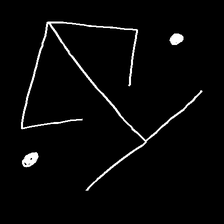
Glyph: earth